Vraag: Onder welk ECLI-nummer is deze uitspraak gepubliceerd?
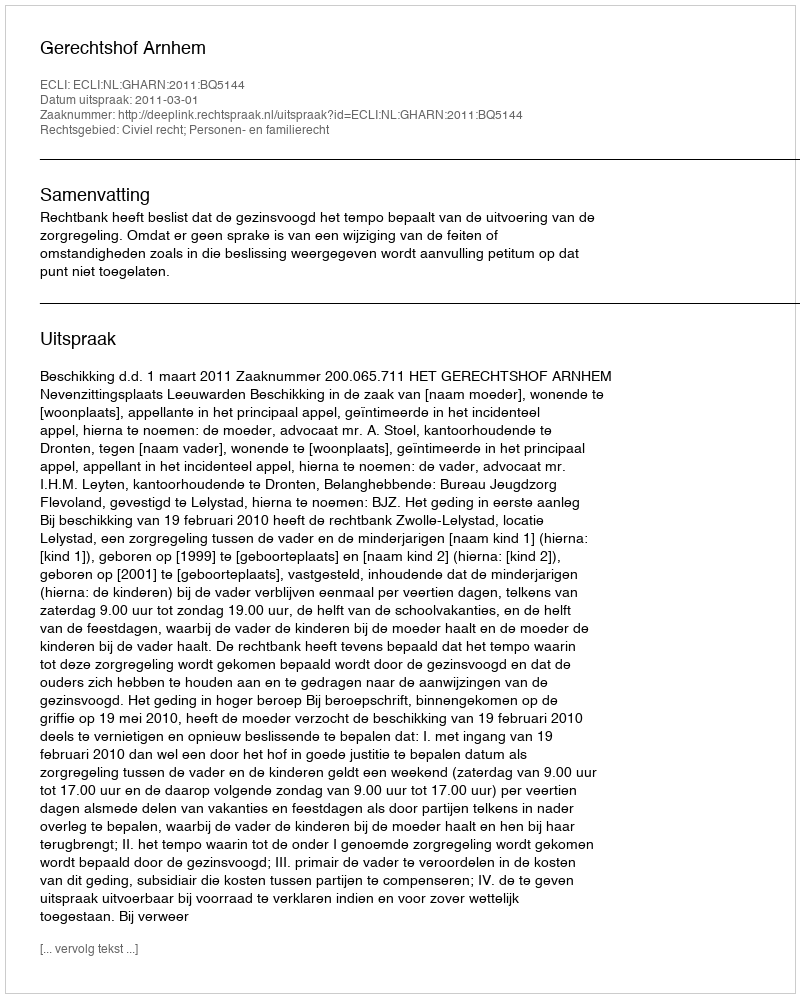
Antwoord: ECLI:NL:GHARN:2011:BQ5144